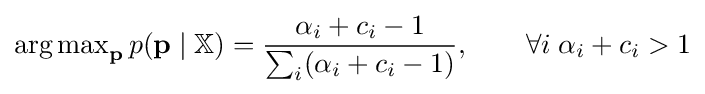
\operatorname {arg\,max} \limits _{\mathbf {p} }p(\mathbf {p} \mid \mathbb {X} )={\frac {\alpha _{i}+c_{i}-1}{\sum _{i}(\alpha _{i}+c_{i}-1)}},\qquad \forall i\;\alpha _{i}+c_{i}>1